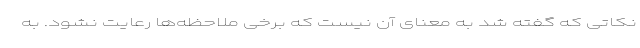
نکاتی که گفته شد به معنای آن نیست که برخی ملاحظه‌ها رعایت نشود. به